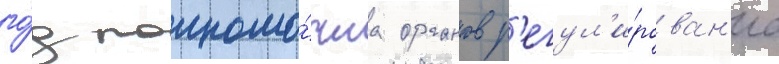
го́д полномо́чиа органов р'егул'и́рован'иа